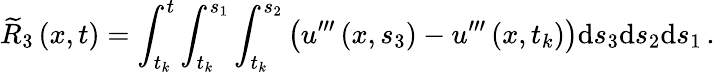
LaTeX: {\widetilde R}_{3}\left(x,t\right)=\int_{{t}_{k}}^{t}\int_{{t}_{k}}^{{s}_{1}}\int_{{t}_{k}}^{{s}_{2}}{\left({u}^{{\prime}{\prime}{\prime}}\left(x,{s}_{3}\right)-{u}^{{\prime}{\prime}{\prime}}\left(x,{t}_{k}\right)\right)}{\mathrm{d}{s}_{3}}{\mathrm{d}{s}_{2}}{\mathrm{d}{s}_{1}}\, .